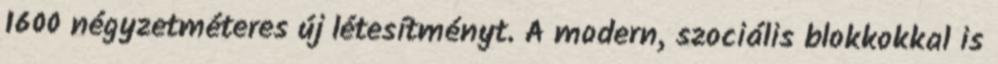
1600 négyzetméteres új létesítményt. A modern, szociális blokkokkal is